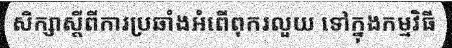
សិក្សាស្តីពីការប្រឆាំងអំពើពុករលួយ ទៅក្នុងកម្មវិធី